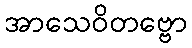
အာသေဝိတဗ္ဗော